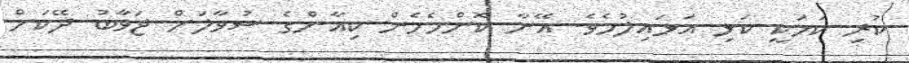
ކުރި ކަމަކީ ކަޅި އަޅައިލުމެވެ. އޭނާ ކޮންމެހެން ކިއާންގެ ސުވާލަށް ޖަވާބު ދޭކަށް